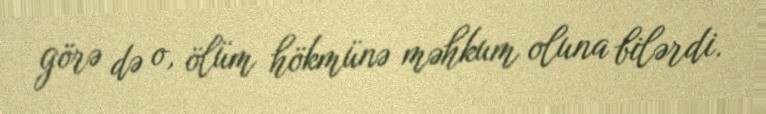
görə də o, ölüm hökmünə məhkum oluna bilərdi.